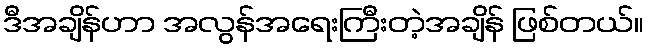
ဒီအချိန်ဟာ အလွန်အရေးကြီးတဲ့အချိန် ဖြစ်တယ်။